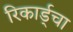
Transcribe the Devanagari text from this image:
रिकार्ड्चा